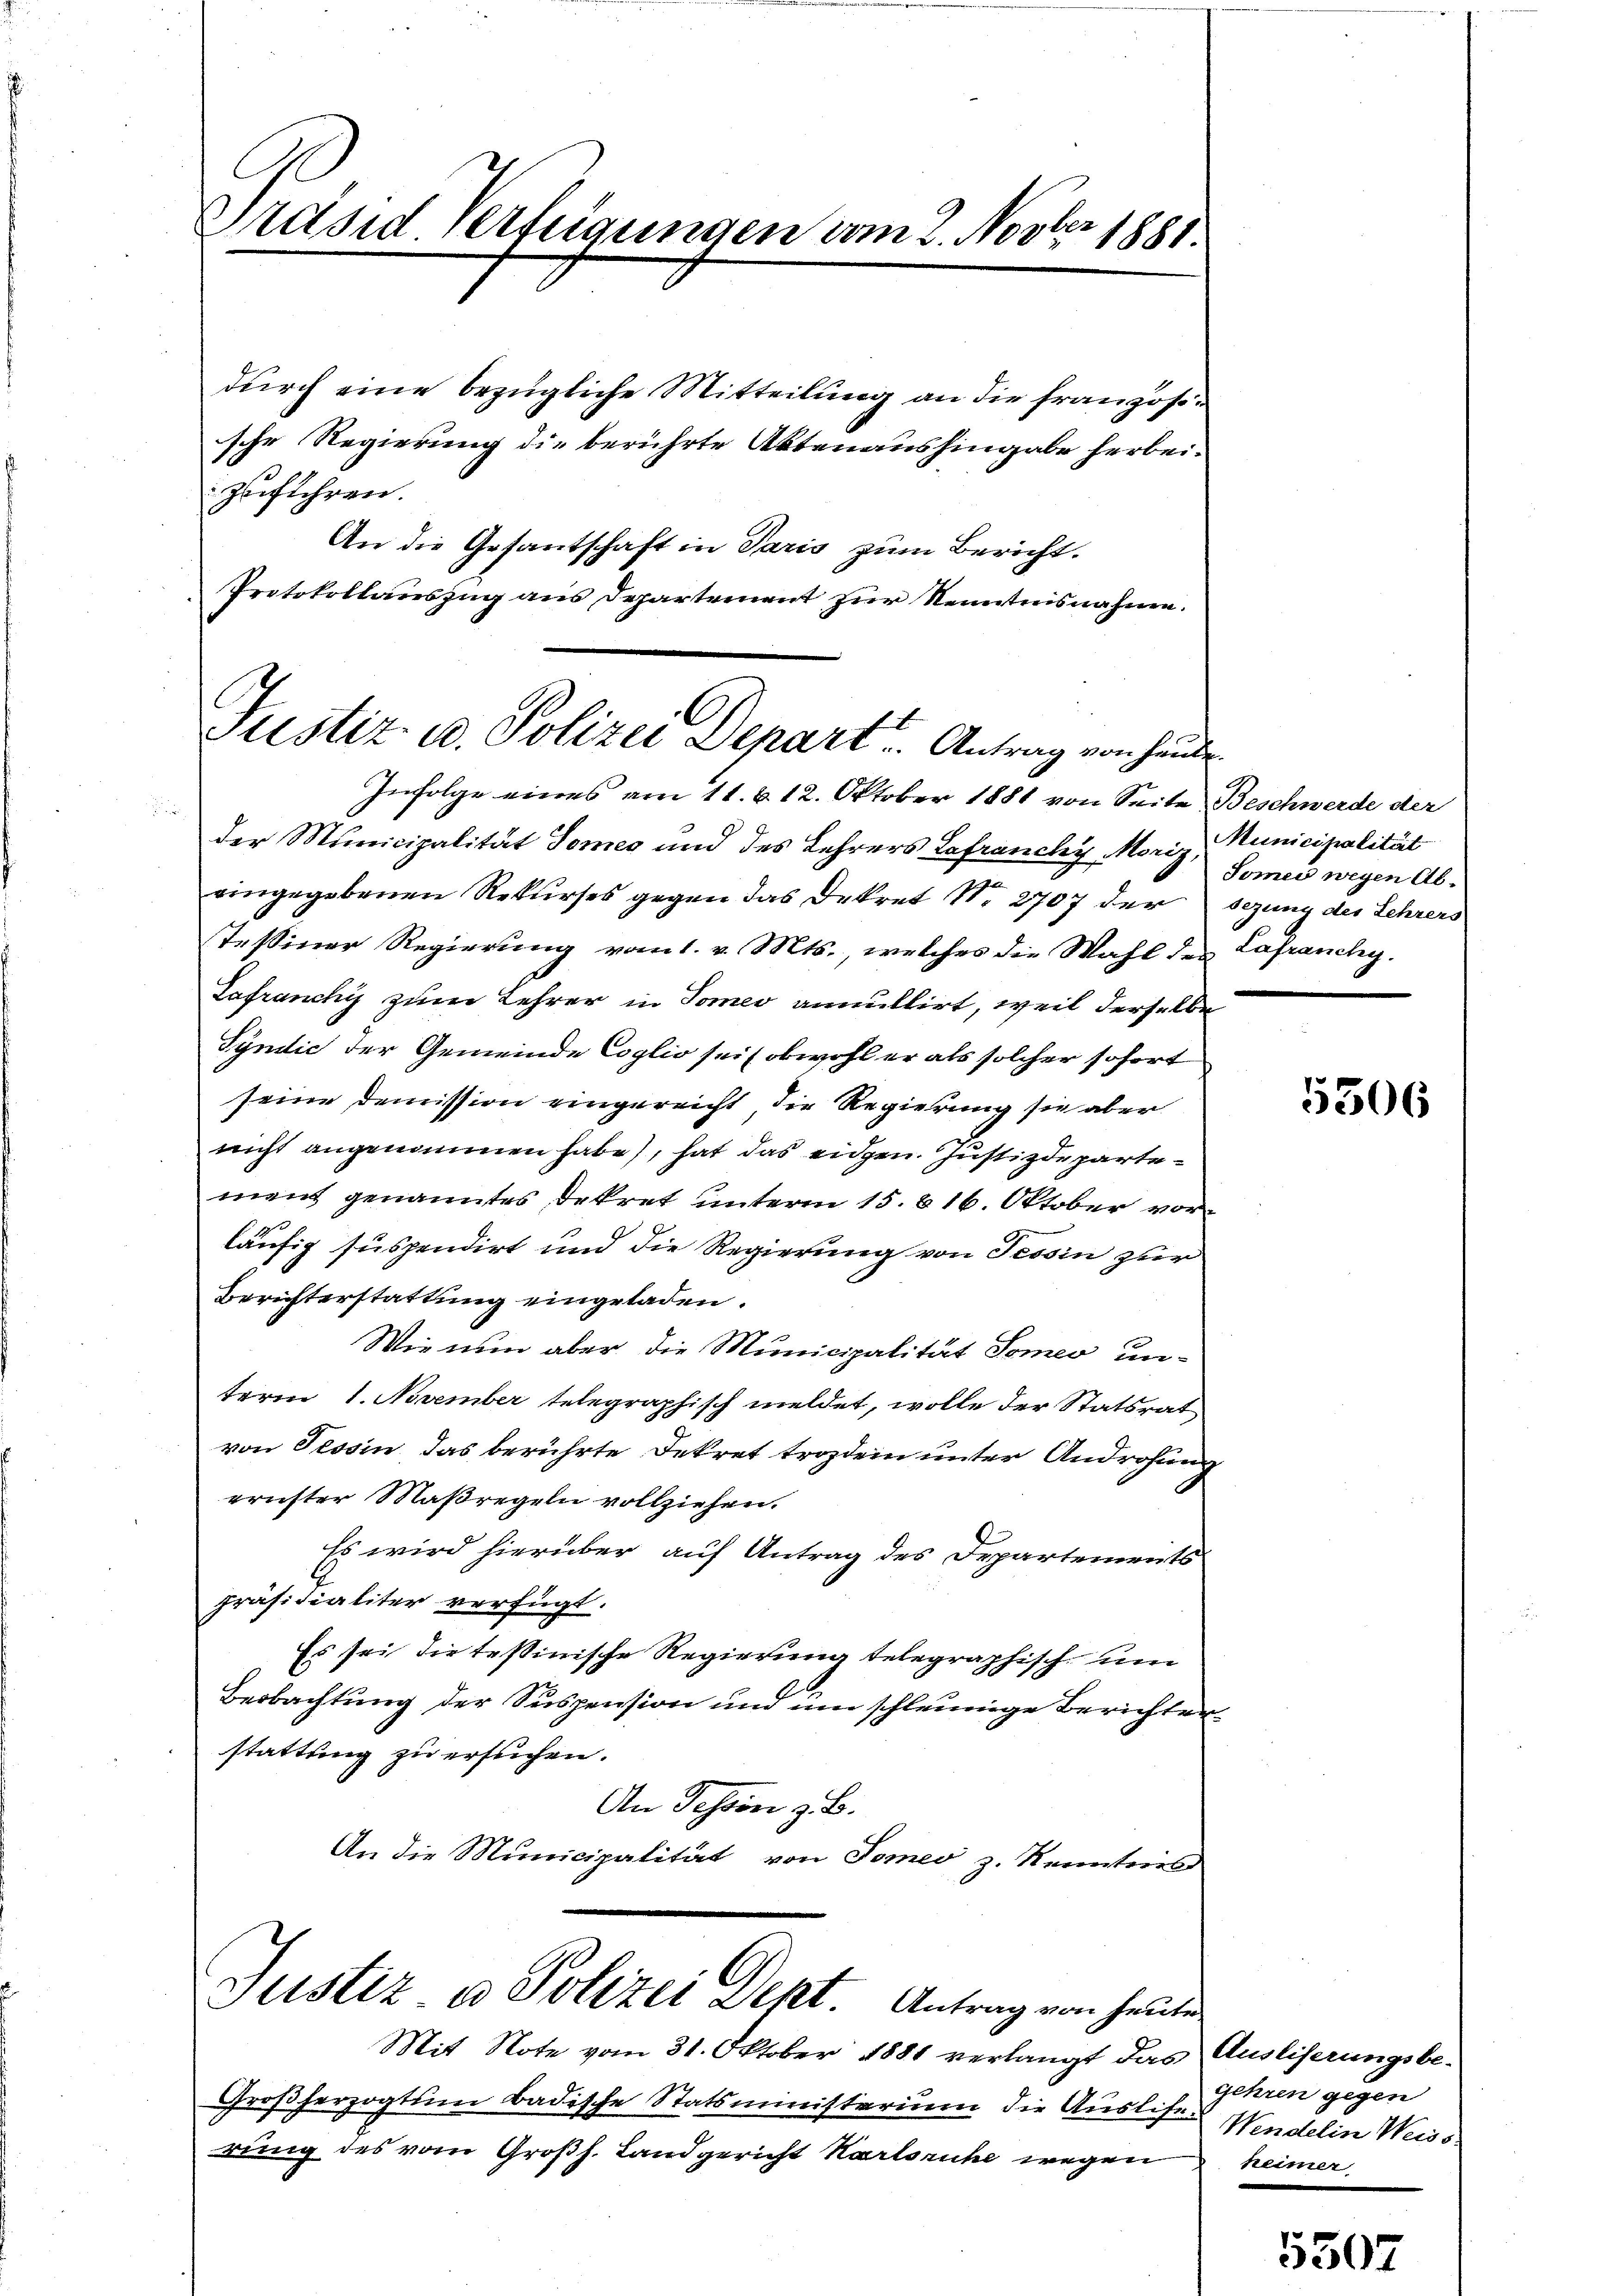
le.
Präsid. Verfügungen vom 2. Nov. 1881.

zuführen.
An die Gesantschaft in Paris zum Bericht.
Protokollauszug aus Departement zur Kenntnisnahme.

durch eine bezügliche Mitteilung an die französische Regierung die berührte Aktenaushingabe herbei¬

Justiz- u. Polizei Depart. Antrag von Hande

Infolge eines am 11. d. 12. Oktober 1881 von Seite Beschwerde der
d
der Municipalität Tomes und des Lehrers Lafrancky, Moriz, Municipalität
eingegebenen Rekurses gegen das Dekret N. 2707 der sezung des Lehrers
Tessiner Regierung vom 1. v. Mts., welches die Wahl des Lafranchy.
Lafranchy zum Lehrer in Tomeo annullirt, weil derselbe
Syndić der Gemeinde Coglio sei (obwohl er als solcher sofort
seine Demission eingereicht, die Regierung sie aber
nicht angenommen habe), hat das eidgen. Justizdepartement genanntes Dekret unterm 15. 816. Oktober vor
läufig suspendirt und die Regierung von Tessin zur
Berichterstattung eingeladen.
Wie nun aber die Municipalität Tomeo unterm 1. November telegraphisch meldet, wolle der Statsrat
von Tessin, das berührte Dekret trozdein unter Androhung
erister Maßregeln vollziehen.
Es wird hierüber auf Antrag des Departements
präsidialiter verfügt:
Es sei die tessinische Regierung telegraphisch um
Beobachtung der Suspension und in schleunige Berichter
stattung zu ersuchen.
An Schön z. B.
An die Municipalität von Tomeo z. Kenntnis

Justiz & Polizei Dept. Antrag von heute

Mit Note vom 31. Oktober 1881 verlangt das Ausliserungsbe-
Großherzogtum Badische Statsministerium die Ausliser Windelin Weiss
rung des vom Großh. Landgericht Karlsruhe wegen

Somer wegen Ab¬

5506

gehren gegen
heimer

550.